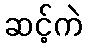
ဆင့်ကဲ